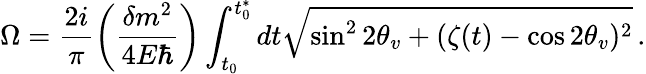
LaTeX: \Omega=\frac{2i}{\pi}\left(\frac{\delta m^{2}}{4E\hbar}\right)\int_{t_{0}}^{t_{0}^{*}}{dt\sqrt{\sin^{2}{2\theta_{v}}+(\zeta(t)-\cos{2\theta_{v}})^{2}}}\, .